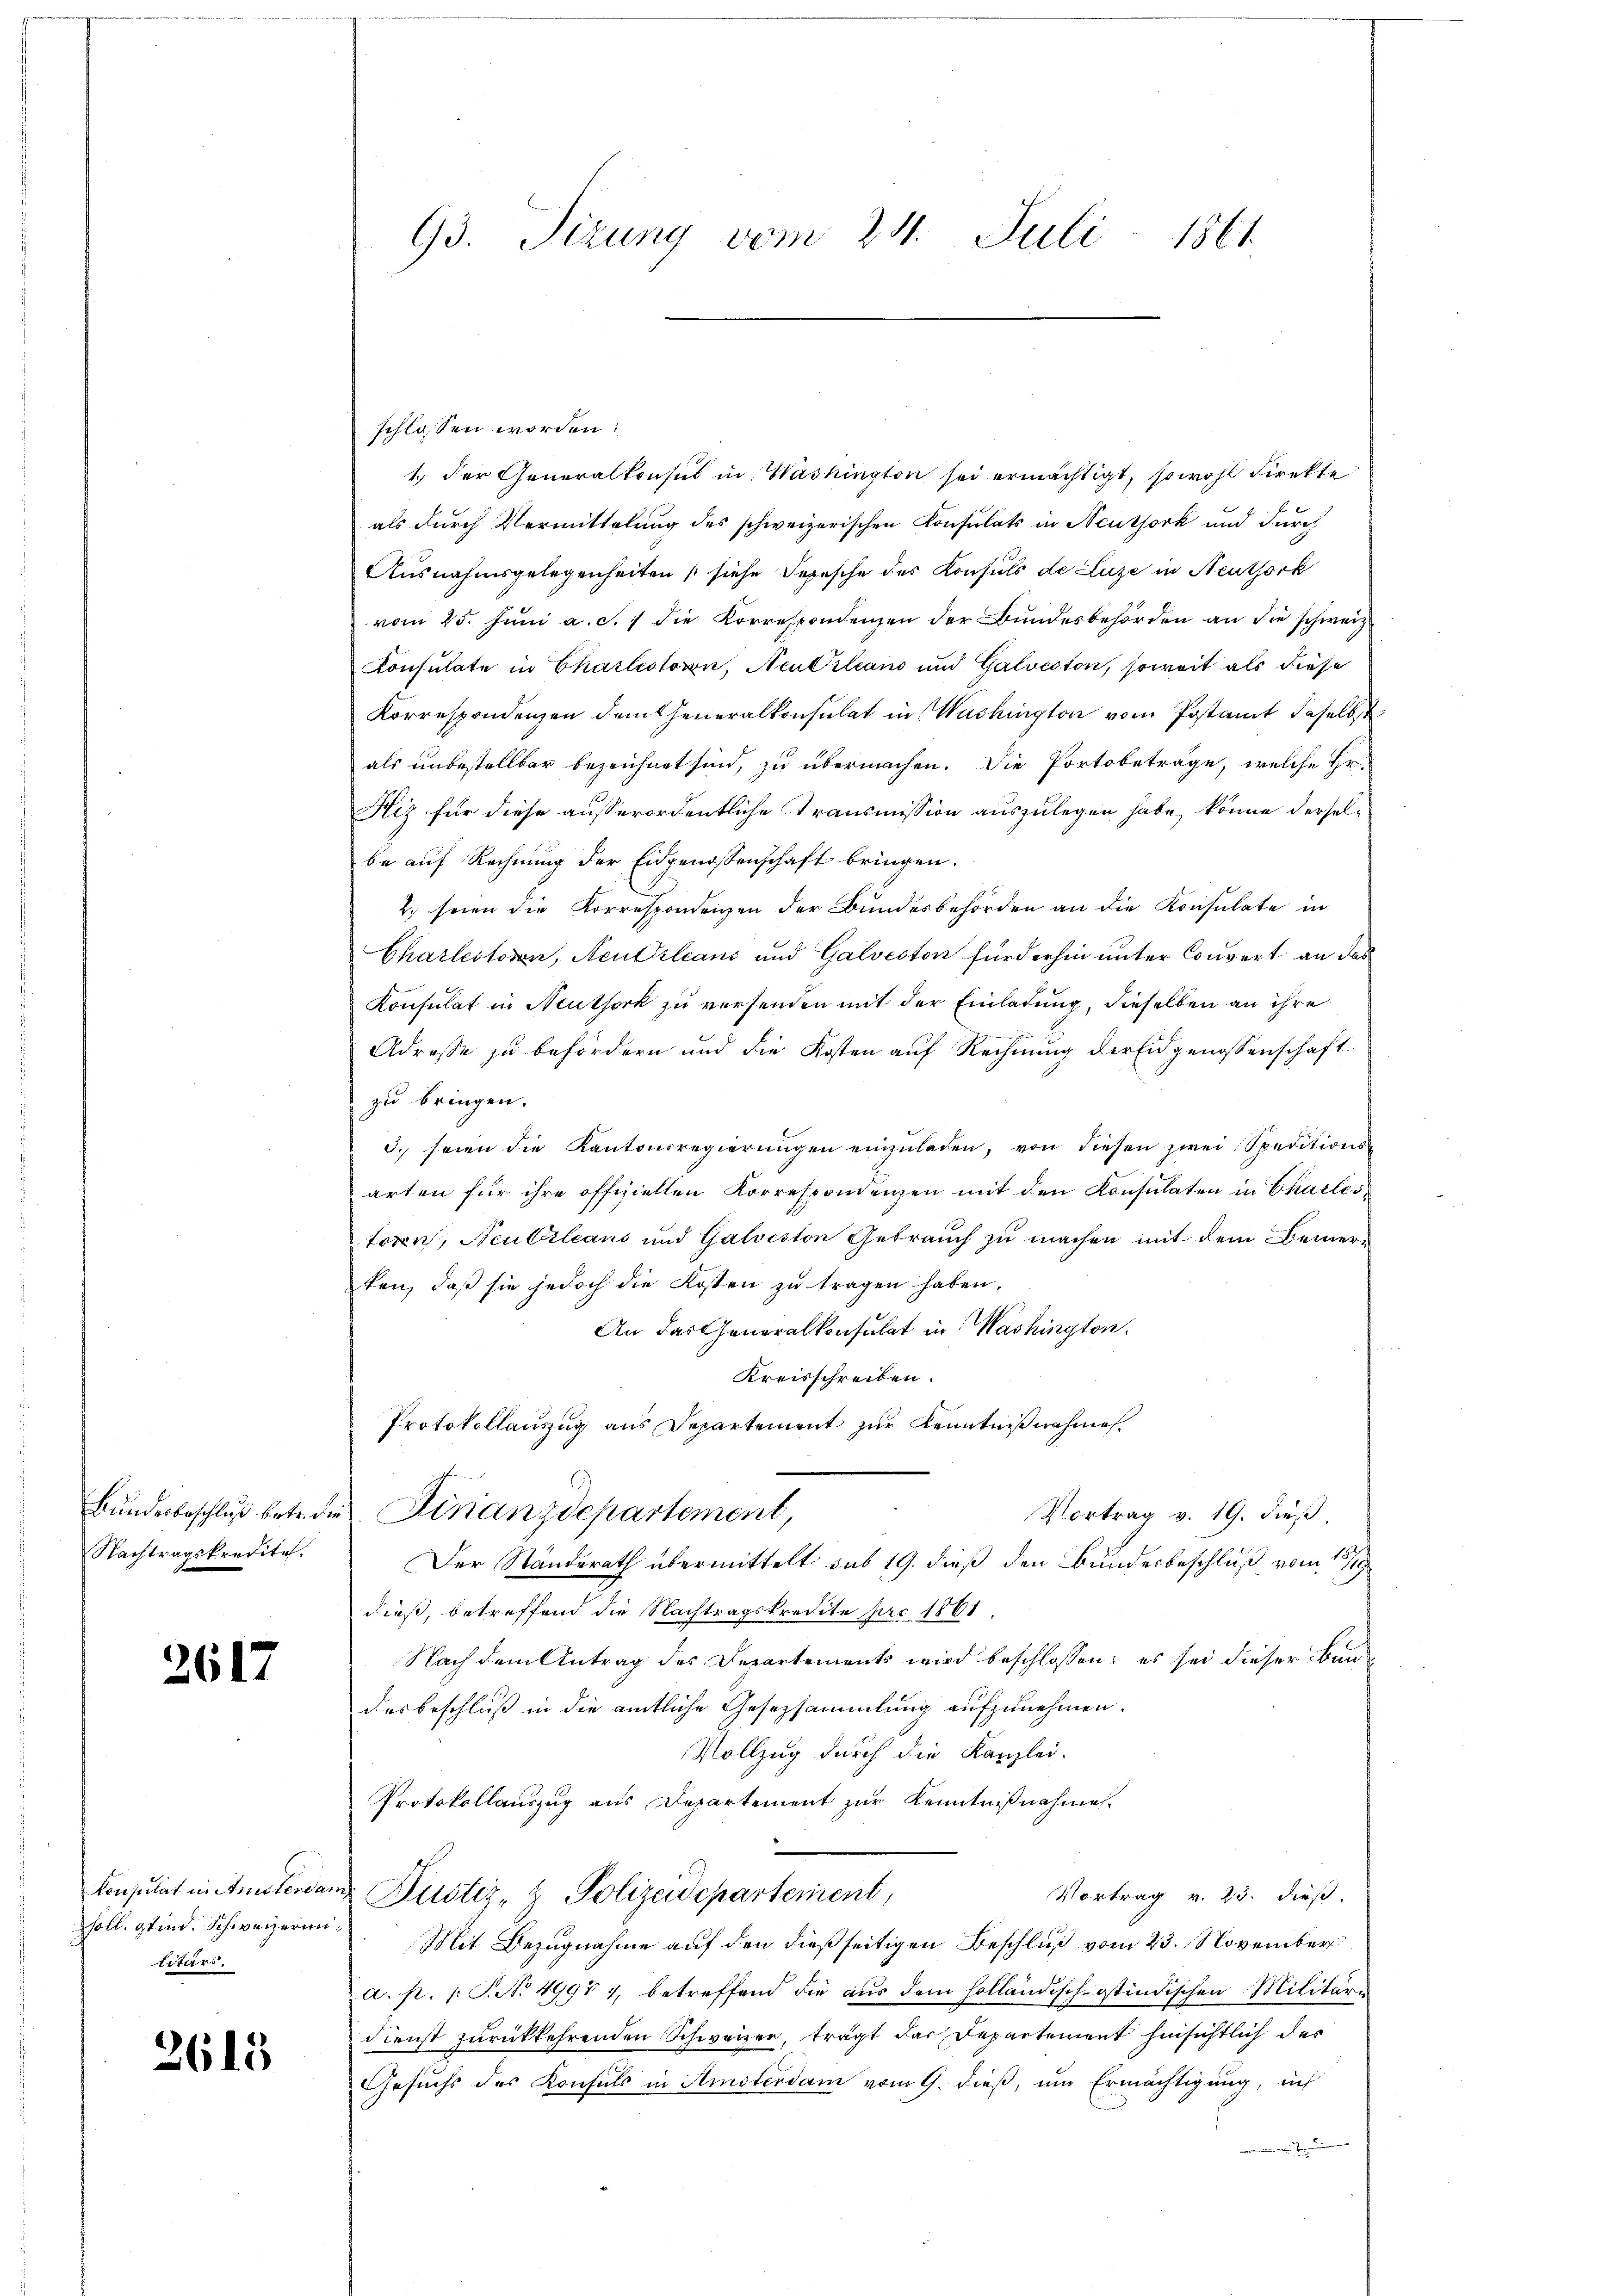
Bundesbeschluß betr. de
Nachtragskredite.

2617

Konsulat in Amsterda
soll. Stind. Schweizerin
litärs.

2615

93. Sizung vom 24. Juli 1861

schlossen worden:
1.) Der Generalkonsul in Washington sei ermächtigt, sowohl direkte
als durch Vermittelung des schweizerischen Konsulats in Neutjork und durch
Ausnahmsgelegenheiten (siehe Depesche des Konsuls de Luze in Neuthork
vom 25. Juni a. c. 7 die Korrespondenzen der Bundesbehörden an die schweiz.
Consulate in Charlistoron, Neubiliano und Galveston, soweit als diese
Korrespondenzen dem Generalkonsulat in Washington vom Postamt daselbst
als unbestellbar bezeichnet sind, zu übermachen. Die Portobetrage, welche Hr.
Hiz für diese ausserordentliche Transmission auszulegen habe, könne derselbe auf Rechnung der Eidgenossenschaft bringen.
2. seien die Korrespondenzen der Bundesbehörden an die Konsulate in
Charlestoren, Neu Orleans und Galveston fürderhin unter Couvert an das
Konsulat in Neuthork zu versenden mit der Einladung, dieselben an ihre
Adresse zu befördern und die Kosten auf Rechnung der Eidgenossenschaft.
zu bringen.
3. seien die Kantonsregierŭngen einzŭladen, von diesen zwei Speditions-
arten für ihre offiziellen Korrespondenzen mit den Konsulaten in Charleitoren, Neubileans und Galveston Gebrauch zu machen mit dem Bemerken, daβ sie jedoch die Kosten zŭ tragen haben.
An das Generalkonsulat in Washington.
Kreisschreiben.
Protokollauszug aus Departement zur Kenntnißnahmes.
Finanzdepartement,
Vortrag v. 19. dieß.
Der Standerath übermittelt sub 19. dieß den Bundesbeschluß vom 13/1
dieß, betreffend die Nachtragskredite pro 1861.
Nach dem Antrag des Departements wird beschlossen; es sei dieser Bun-
desbeschluß in die amtliche Gesetzsammlung aufzunehmen.
Vollzug durch die Kanzlei-
Protokollauszug aus Departement zur Kenntnißnahmes.
|
Vortrag v. 23. dieß.
Dustiz- & Polizeidepartement,
Mit Bezugnahme auf den dießseitigen Beschluß vom 23. November
a. p. 1 S. No 4997 4, betreffend die aus dem holländisch-Ostindischen Militäre
Dienst zurückkehrenden Schweizer, trägt der Departement hinsichtlich des
Gesuchs des Konsuls in Amsterdam vom 9. dieß, um Ermächtigung, in